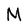
Character: M